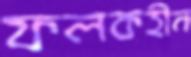
ফলকহীন